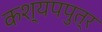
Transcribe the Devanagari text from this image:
कश्यपपुत्र